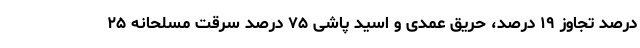
درصد تجاوز ۱۹ درصد، حریق عمدی و اسید پاشی ۷۵ درصد سرقت مسلحانه ۲۵